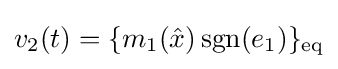
v_{2}(t)=\{m_{1}({\hat {x}})\operatorname {sgn}(e_{1})\}_{\text{eq}}